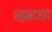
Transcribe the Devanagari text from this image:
महमदशहा